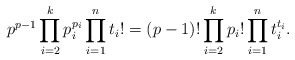
\begin{align*} p^{p-1} \prod_{i = 2}^k p_i^{p_i} \prod_{i = 1}^n t_i! = (p-1)! \prod_{i = 2}^k p_i! \prod_{i = 1}^n t_i^{t_i}. \end{align*}